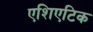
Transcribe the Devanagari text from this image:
एशिएटिक